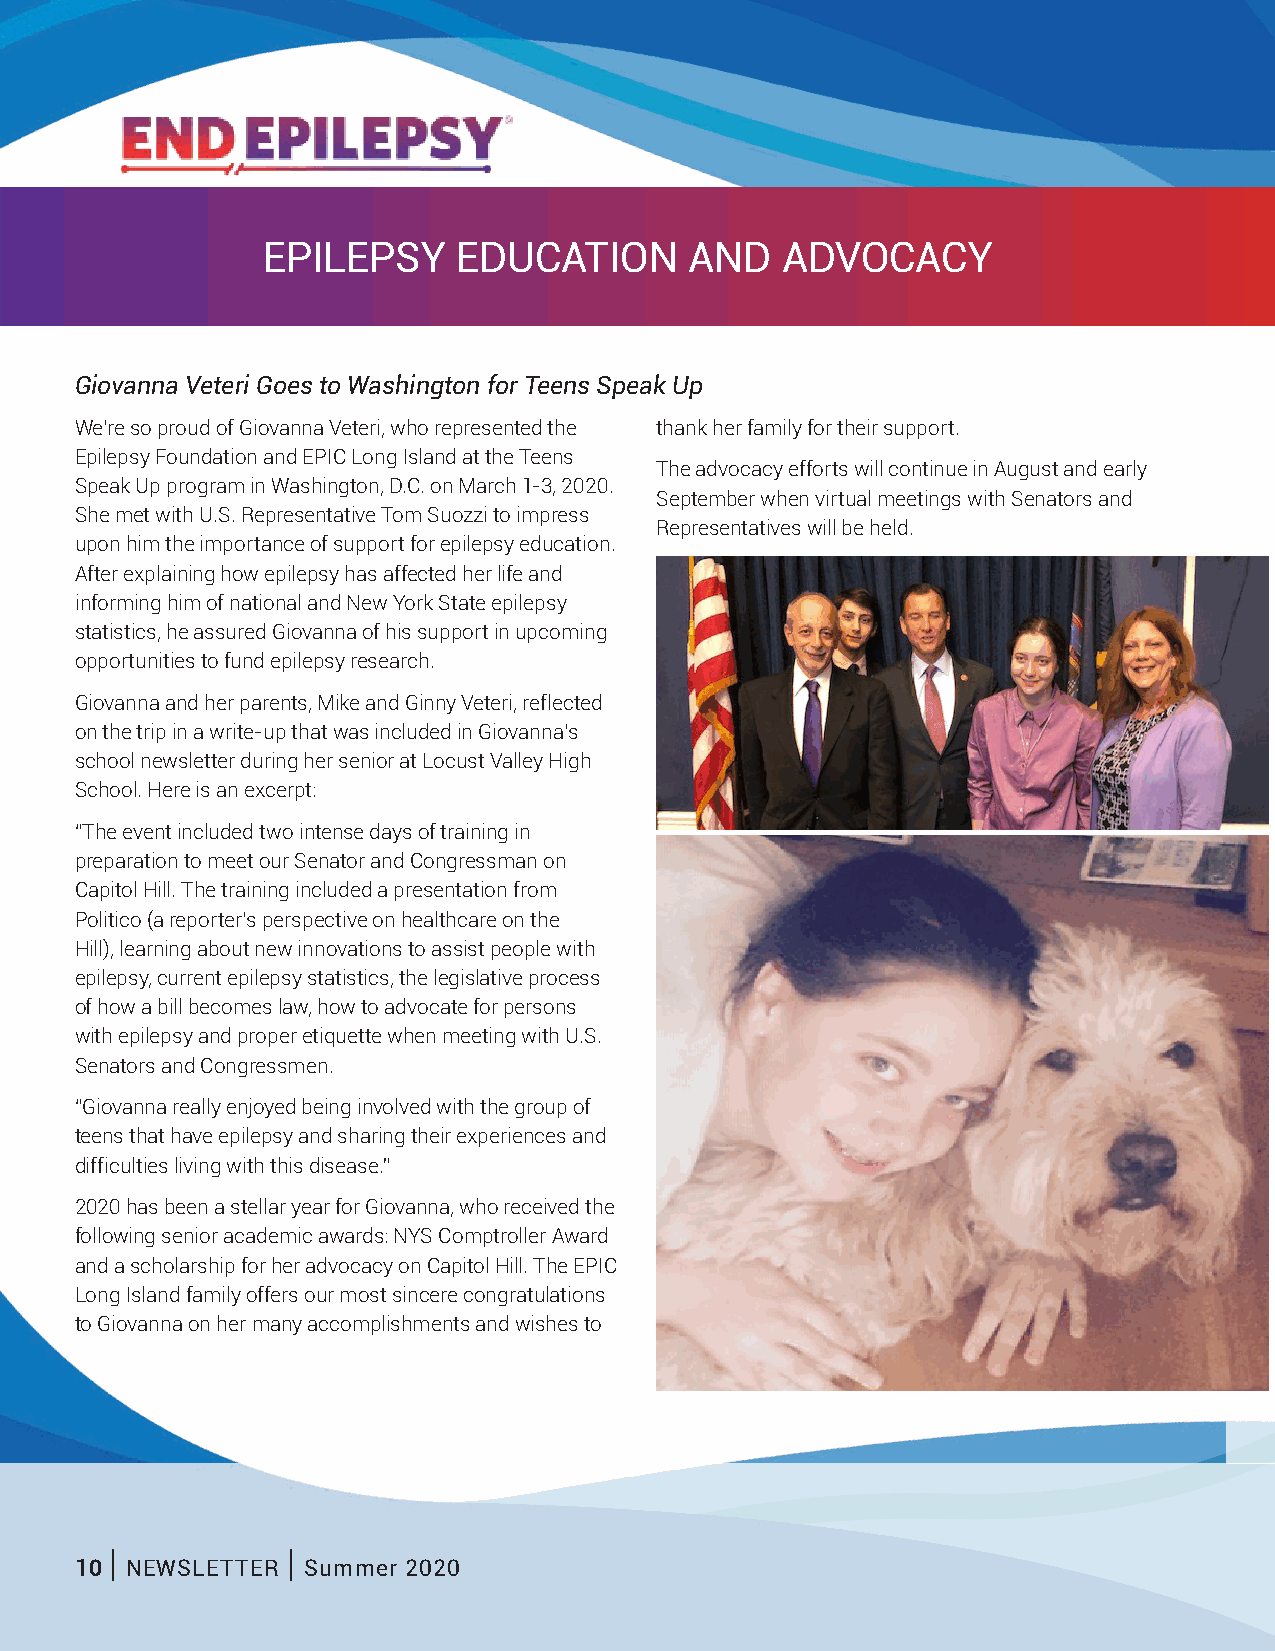
EPILEPSY     EDUCATION       AND   ADVOCACY
 Giovanna Veteri Goes to Washington for Teens Speak Up
 We’re so proud of Giovanna Veteri, who represented the thank her family for their support.
 Epilepsy Foundation and EPIC Long Island at the Teens
 The advocacy efforts will continue in August and early
 Speak Up program in Washington, D.C. on March 1-3, 2020.
 September when virtual meetings with Senators and
 She met with U.S. Representative Tom Suozzi to impress
 Representatives will be held.
 upon him the importance of support for epilepsy education.
 After explaining how epilepsy has affected her life and
 informing him of national and New York State epilepsy
 statistics, he assured Giovanna of his support in upcoming
 opportunities to fund epilepsy research.
 Giovanna and her parents, Mike and Ginny Veteri, reflected
 on the trip in a write-up that was included in Giovanna’s
 school newsletter during her senior at Locust Valley High
 School. Here is an excerpt:
 “The event included two intense days of training in
 preparation to meet our Senator and Congressman on
 Capitol Hill. The training included a presentation from
 Politico (a reporter’s perspective on healthcare on the
 Hill), learning about new innovations to assist people with
 epilepsy, current epilepsy statistics, the legislative process
 of how a bill becomes law, how to advocate for persons
 with epilepsy and proper etiquette when meeting with U.S.
 Senators and Congressmen.
 “Giovanna really enjoyed being involved with the group of
 teens that have epilepsy and sharing their experiences and
 difficulties living with this disease.”
 2020 has been a stellar year for Giovanna, who received the
 following senior academic awards: NYS Comptroller Award
 and a scholarship for her advocacy on Capitol Hill. The EPIC
 Long Island family offers our most sincere congratulations
 to Giovanna on her many accomplishments and wishes to
 |           |
 10 NEWSLETTER  Summer 2020